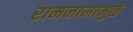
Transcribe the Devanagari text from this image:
रामनामामुळे